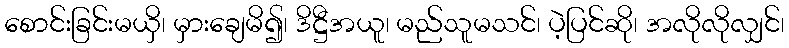
စောင်းခြင်းမယှိ၊ မှားချေမိ၍၊ ဒိဋ္ဌီအယူ၊ မည်သူမသင်၊ ပဲ့ပြင်ဆို၊ အလိုလိုလျှင်၊